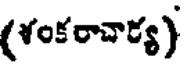
(శంకరాచార్య)